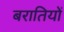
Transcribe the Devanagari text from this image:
बरातियों